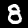
Digit: 8